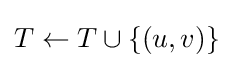
T\gets T\cup \{(u,v)\}